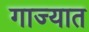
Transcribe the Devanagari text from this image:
गाज्यात